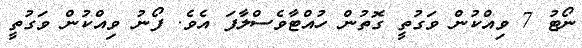
ނޯޓު 7 ވިއްކުން ވަގުތީ ގޮތުން ހުއްޓާވެސްލާފަ އެވެ. ފޯނު ވިއްކުން ވަގުތީ